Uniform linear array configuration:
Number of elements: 24
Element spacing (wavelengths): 1
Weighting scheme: kaiser
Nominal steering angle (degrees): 45
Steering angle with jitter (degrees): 43.07
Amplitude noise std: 0.05
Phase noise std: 0.05

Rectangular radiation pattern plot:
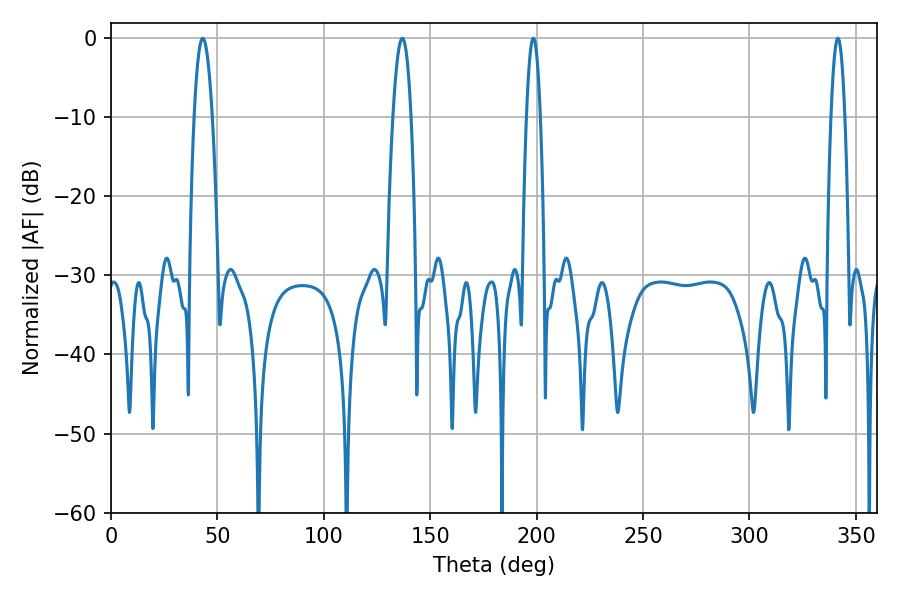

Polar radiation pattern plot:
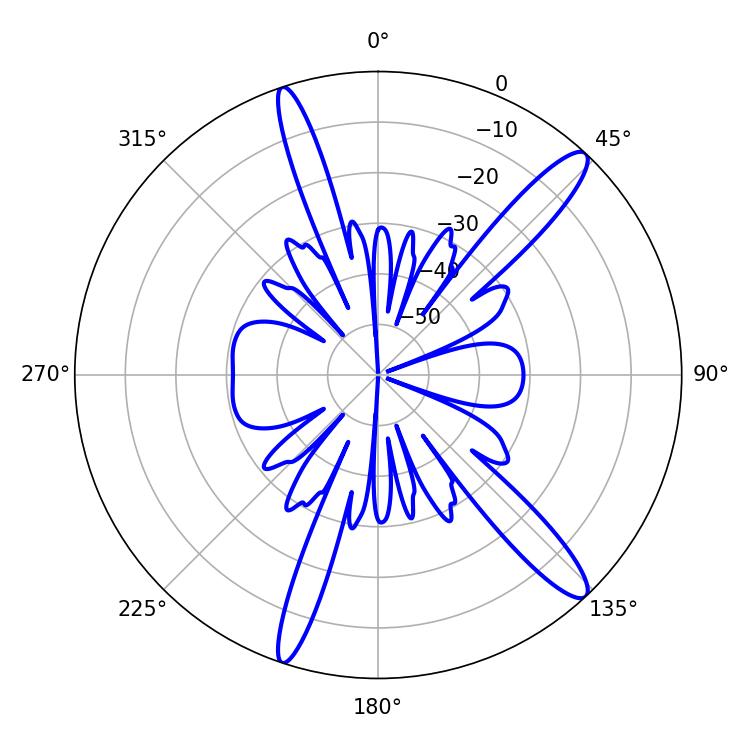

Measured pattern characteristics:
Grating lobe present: TRUE
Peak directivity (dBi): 14.084
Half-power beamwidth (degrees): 4.68
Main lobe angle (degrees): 43.2